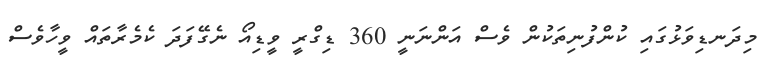
މިދަނޑިވަޅުގައި ކުންފުނިތަކުން ވެސް އަންނަނީ 360 ޑިގްރީ ވީޑިއޯ ނެގޭފަދަ ކެމެރާތައް ވީހާވެސް